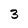
Character: 3